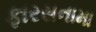
ફારસનામા